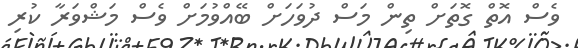
ވެސް އޮތް ގޮތަށް ތިން މަސް ދުވަހަށް ބޭއްވުމަށް ވެސް މަޝްވަރާ ކުރި